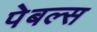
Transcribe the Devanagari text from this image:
पेबल्स